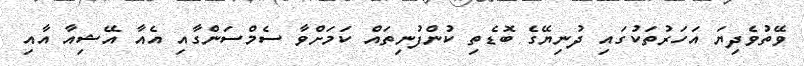
ވޭތުވެދިޔަ އަހަރުތަކުގައި ދުނިޔޭގެ ބޮޑެތި ކުންފުނިތައް ކަމަށްވާ ސެމްސަންގާއި އެއާ އޭޝިއާ އާއި